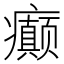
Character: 癫